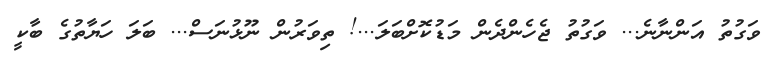
ވަގުތު އަންނާނެ... ވަގުތު ޖެހެންދެން މަޑުކޮށްބަލަ...! ތިވަރުން ނޫޅުނަސް... ބަލަ ހަޔާތުގެ ބާކީ